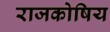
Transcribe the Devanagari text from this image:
राजकोषिय